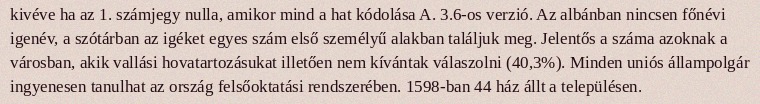
kivéve ha az 1. számjegy nulla, amikor mind a hat kódolása A. 3.6-os verzió. Az albánban nincsen főnévi igenév, a szótárban az igéket egyes szám első személyű alakban találjuk meg. Jelentős a száma azoknak a városban, akik vallási hovatartozásukat illetően nem kívántak válaszolni (40,3%). Minden uniós állampolgár ingyenesen tanulhat az ország felsőoktatási rendszerében. 1598-ban 44 ház állt a településen.